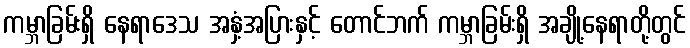
ကမ္ဘာခြမ်းရှိ နေရာဒေသ အနှံ့အပြားနှင့် တောင်ဘက် ကမ္ဘာခြမ်းရှိ အချို့နေရာတို့တွင်